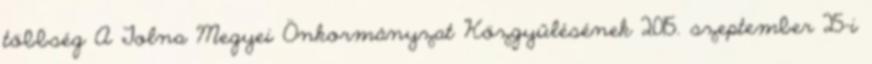
többség A Tolna Megyei Önkormányzat Közgyűlésének 2015. szeptember 25-i